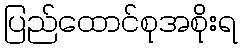
ပြည်ထောင်စုအစိုးရ